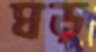
ঘড়